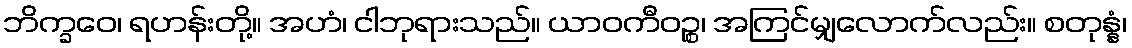
ဘိက္ခဝေ၊ ရဟန်းတို့။ အဟံ၊ ငါဘုရားသည်။ ယာဝကီဝဉ္စ၊ အကြင်မျှလောက်လည်း။ စတုန္နံ၊